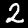
Label: 2